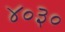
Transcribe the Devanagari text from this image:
४०३०